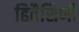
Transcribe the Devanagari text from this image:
हितैसिणी